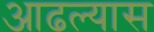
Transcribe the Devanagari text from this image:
आढल्यास